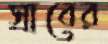
স্রাবের